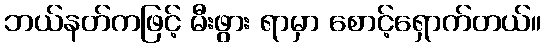
ဘယ်နတ်ကဖြင့် မီးဖွား ရာမှာ စောင့်ရှောက်တယ်။